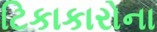
ટિકાકારોના